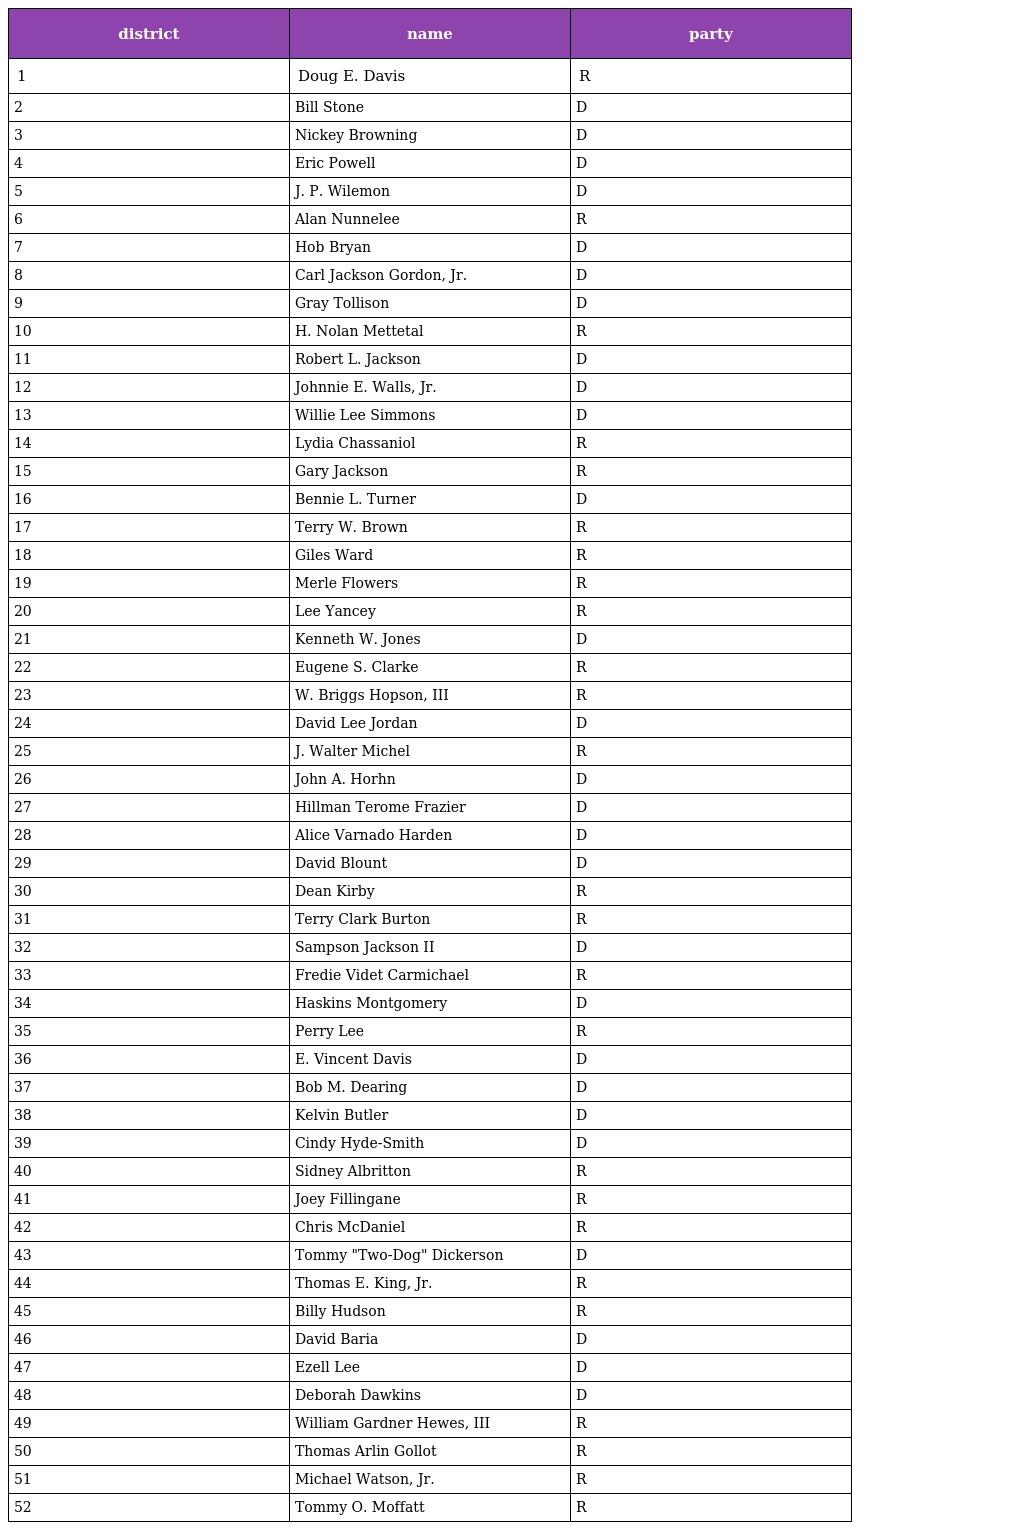
| district | name | party |
 | --- | --- | --- |
 | 1 | Doug E. Davis | R |
 | 2 | Bill Stone | D |
 | 3 | Nickey Browning | D |
 | 4 | Eric Powell | D |
 | 5 | J. P. Wilemon | D |
 | 6 | Alan Nunnelee | R |
 | 7 | Hob Bryan | D |
 | 8 | Carl Jackson Gordon, Jr. | D |
 | 9 | Gray Tollison | D |
 | 10 | H. Nolan Mettetal | R |
 | 11 | Robert L. Jackson | D |
 | 12 | Johnnie E. Walls, Jr. | D |
 | 13 | Willie Lee Simmons | D |
 | 14 | Lydia Chassaniol | R |
 | 15 | Gary Jackson | R |
 | 16 | Bennie L. Turner | D |
 | 17 | Terry W. Brown | R |
 | 18 | Giles Ward | R |
 | 19 | Merle Flowers | R |
 | 20 | Lee Yancey | R |
 | 21 | Kenneth W. Jones | D |
 | 22 | Eugene S. Clarke | R |
 | 23 | W. Briggs Hopson, III | R |
 | 24 | David Lee Jordan | D |
 | 25 | J. Walter Michel | R |
 | 26 | John A. Horhn | D |
 | 27 | Hillman Terome Frazier | D |
 | 28 | Alice Varnado Harden | D |
 | 29 | David Blount | D |
 | 30 | Dean Kirby | R |
 | 31 | Terry Clark Burton | R |
 | 32 | Sampson Jackson II | D |
 | 33 | Fredie Videt Carmichael | R |
 | 34 | Haskins Montgomery | D |
 | 35 | Perry Lee | R |
 | 36 | E. Vincent Davis | D |
 | 37 | Bob M. Dearing | D |
 | 38 | Kelvin Butler | D |
 | 39 | Cindy Hyde-Smith | D |
 | 40 | Sidney Albritton | R |
 | 41 | Joey Fillingane | R |
 | 42 | Chris McDaniel | R |
 | 43 | Tommy "Two-Dog" Dickerson | D |
 | 44 | Thomas E. King, Jr. | R |
 | 45 | Billy Hudson | R |
 | 46 | David Baria | D |
 | 47 | Ezell Lee | D |
 | 48 | Deborah Dawkins | D |
 | 49 | William Gardner Hewes, III | R |
 | 50 | Thomas Arlin Gollot | R |
 | 51 | Michael Watson, Jr. | R |
 | 52 | Tommy O. Moffatt | R |